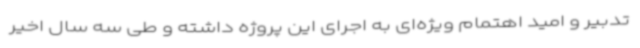
تدبیر و امید اهتمام ویژه‌ای به اجرای این پروژه داشته و طی سه سال اخیر